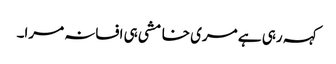
کہہ رہی ہے مری خامشی ہی افسانہ مرا۔